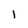
Character: l